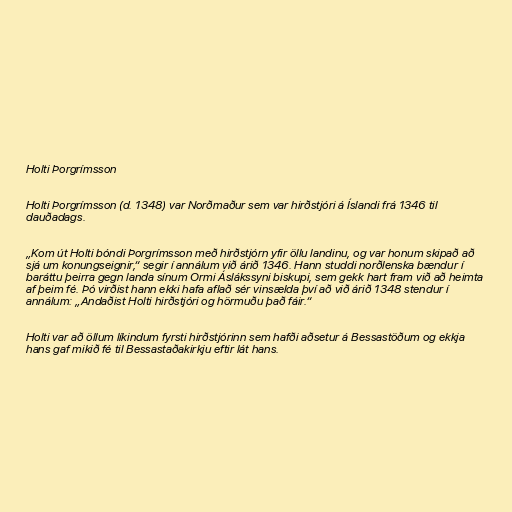
Holti Þorgrímsson

Holti Þorgrímsson (d. 1348) var Norðmaður sem var hirðstjóri á Íslandi frá 1346 til
dauðadags.

„Kom út Holti bóndi Þorgrímsson með hirðstjórn yfir öllu landinu, og var honum skipað að
sjá um konungseignir,“ segir í annálum við árið 1346. Hann studdi norðlenska bændur í
baráttu þeirra gegn landa sínum Ormi Áslákssyni biskupi, sem gekk hart fram við að heimta
af þeim fé. Þó virðist hann ekki hafa aflað sér vinsælda því að við árið 1348 stendur í
annálum: „Andaðist Holti hirðstjóri og hörmuðu það fáir.“

Holti var að öllum líkindum fyrsti hirðstjórinn sem hafði aðsetur á Bessastöðum og ekkja
hans gaf mikið fé til Bessastaðakirkju eftir lát hans.